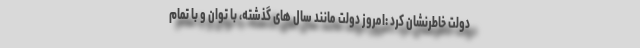
دولت خاطرنشان کرد :امروز دولت مانند سال های گذشته، با توان و با تمام